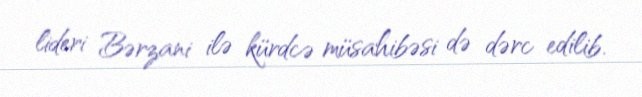
lideri Bərzani ilə kürdcə müsahibəsi də dərc edilib.